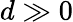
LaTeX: d\gg 0